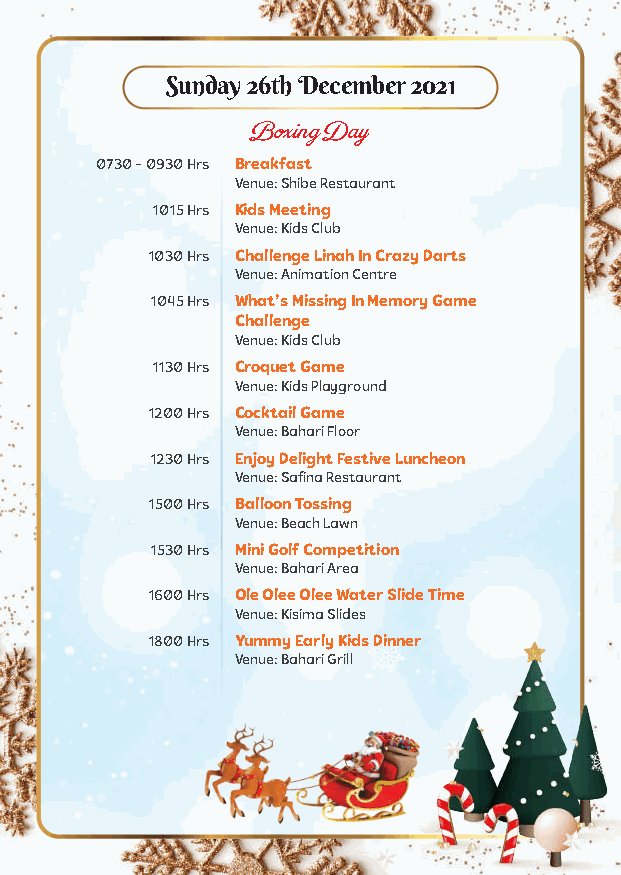
Sunday 26th December 2021
 Boxing Day
 0730 - 0930 Hrs Breakfast
 Venue: Shibe Restaurant
 1015 Hrs Kids Meeting
 Venue: Kids Club
 1030 Hrs Challenge Linah In Crazy Darts
 Venue: Animation Centre
 1045 Hrs What’s Missing In Memory Game
 Challenge
 Venue: Kids Club
 1130 Hrs Croquet Game
 Venue: Kids Playground
 1200 Hrs Cocktail Game
 Venue: Bahari Floor
 1230 Hrs Enjoy Delight Festive Luncheon
 Venue: Safina Restaurant
 1500 Hrs Balloon Tossing
 Venue: Beach Lawn
 1530 Hrs Mini Golf Competition
 Venue: Bahari Area
 1600 Hrs Ole Olee Olee Water Slide Time
 Venue: Kisima Slides
 1800 Hrs Yummy Early Kids Dinner
 Venue: Bahari Grill